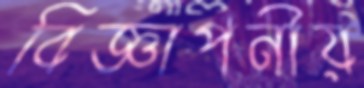
বিজ্ঞাপনীয়